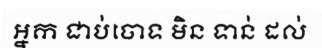
អ្នក ជាប់ចោទ មិន ទាន់ ដល់